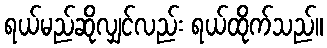
ရယ်မည်ဆိုလျှင်လည်း ရယ်ထိုက်သည်။